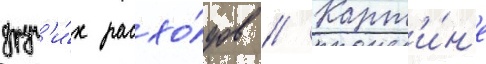
друг'и́х расхо́дов // Карт'и́н'е